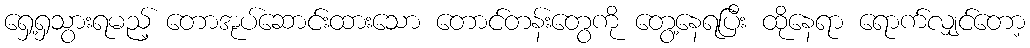
ရှေ့ရှသွားရမည့် တောအုပ်ဆောင်းထားသော တောင်တန်းတွေကို တွေ့နေရပြီး ထိုနေရာ ရောက်လျှင်တော့